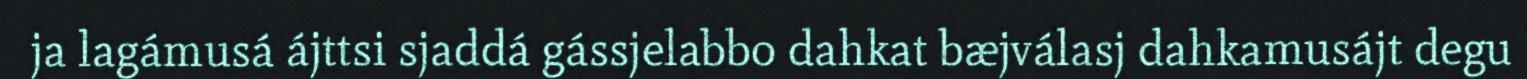
ja lagámusá ájttsi sjaddá gássjelabbo dahkat bæjválasj dahkamusájt degu